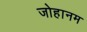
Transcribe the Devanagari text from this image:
जोहानम